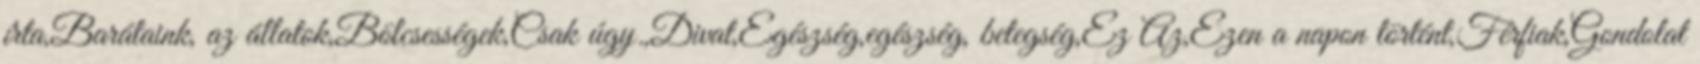
írta,Barátaink, az állatok,Bölcsességek,Csak úgy.,Divat,Egészség,egészség, betegség,Ez Az,Ezen a napon történt,Férfiak,Gondolat